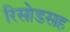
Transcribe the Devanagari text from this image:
रिसोडसह